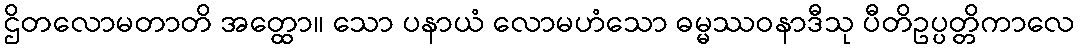
ဌိတလောမတာတိ အတ္ထော။ သော ပနာယံ လောမဟံသော ဓမ္မဿဝနာဒီသု ပီတိဥပ္ပတ္တိကာလေ